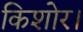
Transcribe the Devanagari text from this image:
किशोर।